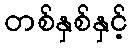
တစ်နှစ်နှင့်